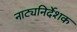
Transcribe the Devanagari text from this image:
नाट्यनिर्देशक